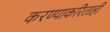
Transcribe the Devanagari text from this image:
करण्याकरिताही